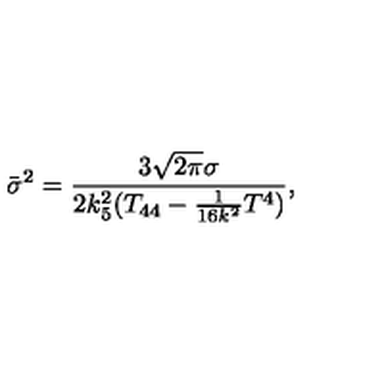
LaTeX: { \bar { \sigma } } ^ { 2 } = \frac { 3 \sqrt { 2 \pi } \sigma } { 2 k _ { 5 } ^ { 2 } ( T _ { 4 4 } - \frac { 1 } { 1 6 k ^ { 2 } } T ^ { 4 } ) } ,